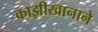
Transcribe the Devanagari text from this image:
काझीखानाने